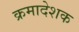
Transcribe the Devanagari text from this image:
क्रमादेशक